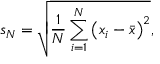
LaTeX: s _ { N } = { \sqrt { { \frac { 1 } { N } } \sum _ { i = 1 } ^ { N } \left( x _ { i } - { \bar { x } } \right) ^ { 2 } } } ,